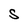
Character: S